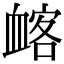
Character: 䘔